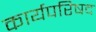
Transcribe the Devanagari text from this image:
कार्यपरिषद